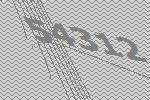
54312